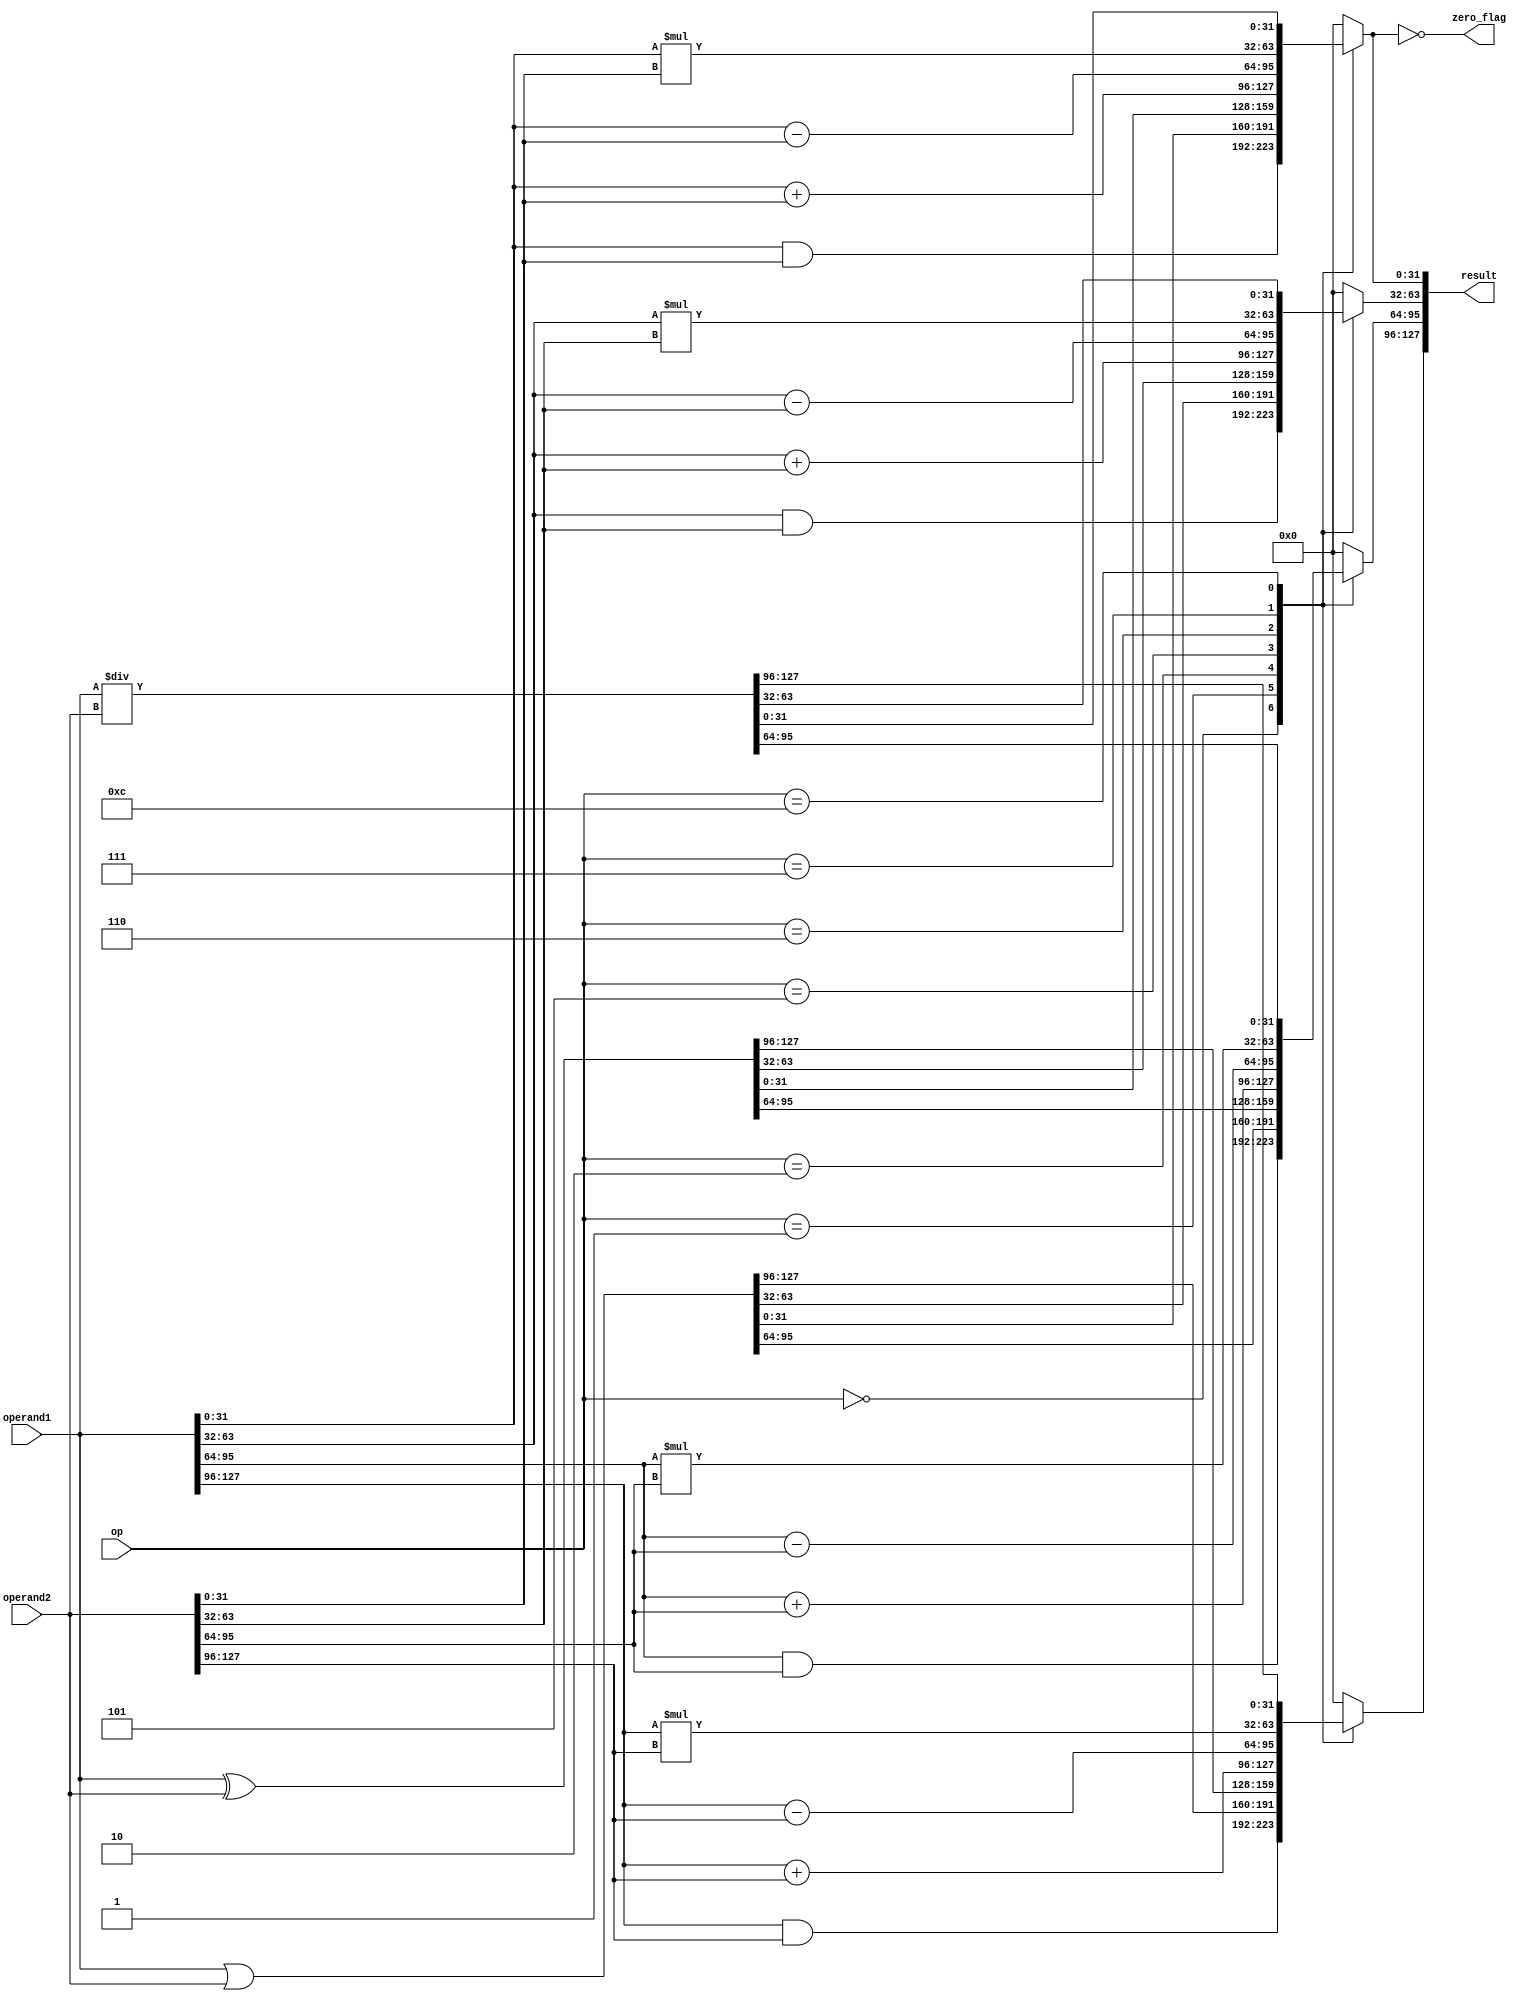
module alu(
  input wire [127:0] operand1,
  input wire [127:0] operand2,
  input wire [3:0] op,

  output reg [127:0] result,
  output reg zero_flag
);

  always @* begin
    
    case(op)
      4'b0000:begin
          result[31:0] = operand1[31:0] & operand2[31:0];
          result[63:32] = operand1[63:32] & operand2[63:32];
          result[95:64] = operand1[95:64] & operand2[95:64];
          result[127:96] = operand1[127:96] & operand2[127:96] ;  // AND
      end
        
      4'b0001: result = operand1 | operand2;  // OR
      4'b0010: result = operand1 ^ operand2;  // xor
      4'b0101:begin
          result[31:0] = operand1[31:0] + operand2[31:0];
          result[63:32] = operand1[63:32] + operand2[63:32];
          result[95:64] = operand1[95:64] + operand2[95:64];
          result[127:96] = operand1[127:96] + operand2[127:96] ;
      end
      4'b0110:begin
          result[31:0] = operand1[31:0] - operand2[31:0];
          result[63:32] = operand1[63:32] - operand2[63:32];
          result[95:64] = operand1[95:64] - operand2[95:64];
          result[127:96] = operand1[127:96] - operand2[127:96] ;
      end
      4'b0111:begin
          result[31:0] = operand1[31:0] * operand2[31:0];
          result[63:32] = operand1[63:32] * operand2[63:32];
          result[95:64] = operand1[95:64] * operand2[95:64];
          result[127:96] = operand1[127:96] * operand2[127:96] ;
      end
      // 4'b0101: result = operand1 + operand2;  // ADD
      // 4'b0110: result = operand1 - operand2;  // sub
      // 4'b0111: result = operand1 * operand2;  // mul
      4'b1100: result = operand1 / operand2;  // div
      default: result = 128'b0;
    endcase
    zero_flag = (result[31:0] == 32'b0);
  end
  


endmodule